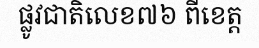
ផ្លូវជាតិលេខ៧៦ ពីខេត្ត